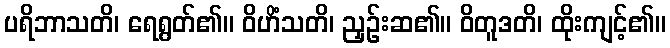
ပရိဘာသတိ၊ ရေရွတ်၏။ ဝိဟိံသတိ၊ ညှဉ်းဆ၏။ ဝိတူဒတိ၊ ထိုးကျင့်၏။